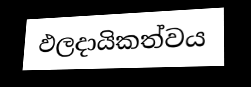
ඵලදායිකත්වය